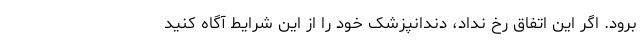
برود. اگر این اتفاق رخ نداد، دندانپزشک خود را از این شرایط آگاه کنید